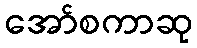
အော်စကာဆု